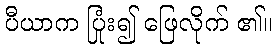
ပီယာက ပြုံး၍ ဖြေလိုက် ၏။